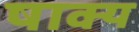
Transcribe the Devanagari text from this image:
षाक्य